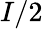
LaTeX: I/2